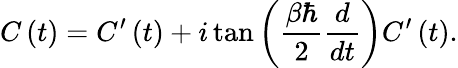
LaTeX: C\left(t\right)=C^{\prime}\left(t\right)+i\tan\left(\frac{\beta\hbar}{2}\frac{d}{dt}\right)C^{\prime}\left(t\right).